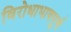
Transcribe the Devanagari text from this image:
विरोधाभाषपूर्ण